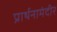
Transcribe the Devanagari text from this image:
प्रार्थनामंदीर